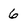
Character: 6